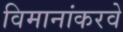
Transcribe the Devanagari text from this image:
विमानांकरवे